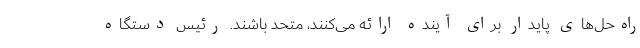
راه‌حل‌های پایدار برای آینده ارائه می‌کنند، متحد باشند. رئیس دستگاه